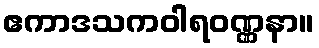
ဧကာဒသကဝါရဝဏ္ဏနာ။